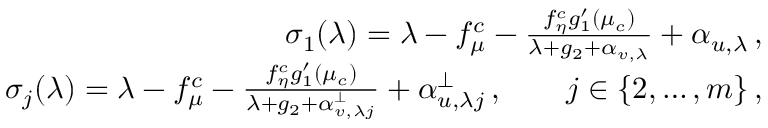
\begin{array} { r l r } { \ } & { } & { \sigma _ { 1 } ( \lambda ) = \lambda - f _ { \mu } ^ { c } - \frac { f _ { \eta } ^ { c } g _ { 1 } ^ { \prime } ( \mu _ { c } ) } { \lambda + g _ { 2 } + \alpha _ { v , \lambda } } + \alpha _ { u , \lambda } \, , } \\ & { } & { \sigma _ { j } ( \lambda ) = \lambda - f _ { \mu } ^ { c } - \frac { f _ { \eta } ^ { c } g _ { 1 } ^ { \prime } ( \mu _ { c } ) } { \lambda + g _ { 2 } + \alpha _ { v , \lambda j } ^ { \perp } } + \alpha _ { u , \lambda j } ^ { \perp } \, , \qquad j \in \lbrace { 2 , \ldots , m \rbrace } \, , } \end{array}